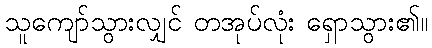
သူကျော်သွားလျှင် တအုပ်လုံး ရှောသွား၏။